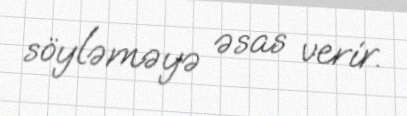
söyləməyə əsas verir.